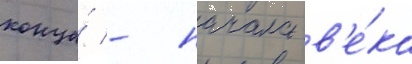
конца́ - начала в'е́ка